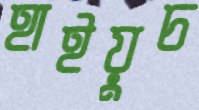
হাইয়ুচ